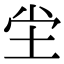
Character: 坣